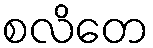
စလိတေ